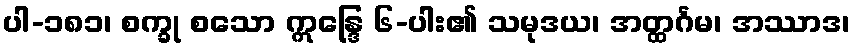
ပါ-၁၈၁၊ စက္ခု စသော ဣန္ဒြေ ၆-ပါး၏ သမုဒယ၊ အတ္ထင်္ဂမ၊ အဿာဒ၊